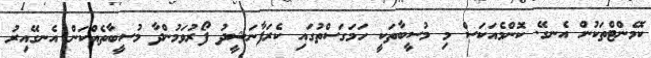
ކޮމެންޓްތަކުން އެނގޭ. ކޮންމެއަކަސް މި މުސީބާތަކީ ހަމަގަސްތުގައި ކެރަފާނަޝީދު ފޯރުވަމުންދާ މުސީބާތެއްކަން އެނގޭއިރު